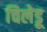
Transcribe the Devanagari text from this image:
चिलेडू